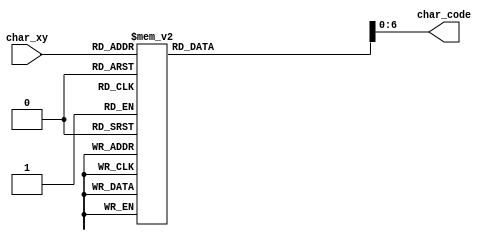
`timescale 1ns / 1ps
//////////////////////////////////////////////////////////////////////////////////
// Company: 
// Engineer: 
// 
// Design Name: 
// Module Name: char_rom_16x16
// Project Name: 
// Target Devices: 
// Tool Versions: 
// Description: 
// 
// Dependencies: 
// 
// Revision:
// Revision 0.01 - File Created
// Additional Comments:
// 
//////////////////////////////////////////////////////////////////////////////////


module char_rom_16x16(
    input wire [7:0]    char_xy,
    
    output wire [6:0]   char_code
    );
    
    reg [7:0] code_data;
    
    assign char_code = code_data[6:0];
    
    always @*
        begin
            case (char_xy)
                //GROUP 1                       //      hex
                    8'h00: code_data = 8'h00;   //      54
                    8'h01: code_data = 8'h00;   //      6f
                    8'h02: code_data = 8'h00;   //      00
                    8'h03: code_data = 8'h00;   //      6a
                    8'h04: code_data = 8'h00;   //      65
                    8'h05: code_data = 8'h00;   //      73 
                    8'h06: code_data = "S";   // S    74 
                    8'h07: code_data = "C";   // C    00
                    8'h08: code_data = "O";   // O    50
                    8'h09: code_data = "R";   // R    49   
                    8'h0a: code_data = "E";   // E    45
                    8'h0b: code_data = 8'h00;   //      52
                    8'h0c: code_data = 8'h00;   //      57
                    8'h0d: code_data = 8'h00;   //      53
                    8'h0e: code_data = 8'h00;   //      5a
                    8'h0f: code_data = 8'h00;   //      41
                      
                //GROUP 2                   //      hex
                    8'h10: code_data = 8'h00;   // l    6c
                    8'h11: code_data = 8'h00;   // i    69
                    8'h12: code_data = 8'h00;   // n    6e
                    8'h13: code_data = 8'h00;   // i    69
                    8'h14: code_data = 8'h00;   // a    61
                    8'h15: code_data = 8'h00;   // .    2e
                    8'h16: code_data = 8'h00;   //      00
                    8'h17: code_data = 8'h00;   // N    4e
                    8'h18: code_data = 8'h00;   // a    61
                    8'h19: code_data = 8'h00;   // s    73
                    8'h1a: code_data = 8'h00;   // t    74
                    8'h1b: code_data = 8'h00;   // e    65
                    8'h1c: code_data = 8'h00;   // p    70
                    8'h1d: code_data = 8'h00;   // n    6e    
                    8'h1e: code_data = 8'h00;   // e    65
                    8'h1f: code_data = 8'h00;   // :    3a
                    
                    //GROUP 3                   //      hex
                    8'h20: code_data = 8'h00;   // .    2e
                    8'h21: code_data = 8'h00;   // .    2e
                    8'h22: code_data = 8'h00;   // .    2e
                    8'h23: code_data = 8'h00;   //      00
                    8'h24: code_data = 8'h00;   // k    6b
                    8'h25: code_data = 8'h00;   // o    6f
                    8'h26: code_data = 8'h00;   // l    6c
                    8'h27: code_data = 8'h00;   // e    65
                    8'h28: code_data = 8'h00;   // j    6a
                    8'h29: code_data = 8'h00;   // n    6e
                    8'h2a: code_data = 8'h00;   // a    61
                    8'h2b: code_data = 8'h00;   // .    2e
                    8'h2c: code_data = 8'h00;   // .    2e
                    8'h2d: code_data = 8'h00;   // .    2e
                    8'h2e: code_data = 8'h00;   //      00
                    8'h2f: code_data = 8'h00;   //      00
                   
                    //GROUP 4                   //      hex
                    8'h30: code_data = 8'h00;   // .    2e
                    8'h31: code_data = 8'h00;   // .    2e
                    8'h32: code_data = 8'h00;   // .    2e
                    8'h33: code_data = 8'h00;   //      00
                    8'h34: code_data = 8'h00;   // k    6b
                    8'h35: code_data = 8'h00;   // o    6f
                    8'h36: code_data = 8'h00;   // l    6c
                    8'h37: code_data = 8'h00;   // e    65
                    8'h38: code_data = 8'h00;   // j    6a
                    8'h39: code_data = 8'h00;   // n    6e
                    8'h3a: code_data = 8'h00;   // a    61
                    8'h3b: code_data = 8'h00;   // .    2e
                    8'h3c: code_data = 8'h00;   // .    2e
                    8'h3d: code_data = 8'h00;   // .    2e
                    8'h3e: code_data = 8'h00;   //      00
                    8'h3f: code_data = 8'h00;   //      00
                         
                    //GROUP 5                   //      hex
                    8'h40: code_data = 8'h00;   // .    2e
                    8'h41: code_data = 8'h00;   // .    2e
                    8'h42: code_data = 8'h00;   // .    2e
                    8'h43: code_data = 8'h00;   //      00
                    8'h44: code_data = 8'h00;   // k    6b
                    8'h45: code_data = 8'h00;   // o    6f
                    8'h46: code_data = 8'h00;   // l    6c
                    8'h47: code_data = 8'h00;   // e    65
                    8'h48: code_data = 8'h00;   // j    6a
                    8'h49: code_data = 8'h00;   // n    6e
                    8'h4a: code_data = 8'h00;   // a    61
                    8'h4b: code_data = 8'h00;   // .    2e
                    8'h4c: code_data = 8'h00;   // .    2e
                    8'h4d: code_data = 8'h00;   // .    2e
                    8'h4e: code_data = 8'h00;   //      00
                    8'h4f: code_data = 8'h00;   //      00
                       
                    //GROUP 6                   //      hex
                    8'h50: code_data = 8'h00;   // .    2e
                    8'h51: code_data = 8'h00;   // .    2e
                    8'h52: code_data = 8'h00;   // .    2e
                    8'h53: code_data = 8'h00;   //      00
                    8'h54: code_data = 8'h00;   // k    6b
                    8'h55: code_data = 8'h00;   // o    6f
                    8'h56: code_data = 8'h00;   // l    6c
                    8'h57: code_data = 8'h00;   // e    65
                    8'h58: code_data = 8'h00;   // j    6a
                    8'h59: code_data = 8'h00;   // n    6e
                    8'h5a: code_data = 8'h00;   // a    61
                    8'h5b: code_data = 8'h00;   // .    2e
                    8'h5c: code_data = 8'h00;   // .    2e
                    8'h5d: code_data = 8'h00;   // .    2e
                    8'h5e: code_data = 8'h00;   //      00
                    8'h5f: code_data = 8'h00;   //      00
                         
                    //GROUP 7                   //      hex
                    8'h60: code_data = 8'h00;   // .    2e
                    8'h61: code_data = 8'h00;   // .    2e
                    8'h62: code_data = 8'h00;   // .    2e
                    8'h63: code_data = 8'h00;   //      00
                    8'h64: code_data = 8'h00;   // k    6b
                    8'h65: code_data = 8'h00;   // o    6f
                    8'h66: code_data = 8'h00;   // l    6c
                    8'h67: code_data = 8'h00;   // e    65
                    8'h68: code_data = 8'h00;   // j    6a
                    8'h69: code_data = 8'h00;   // n    6e
                    8'h6a: code_data = 8'h00;   // a    61
                    8'h6b: code_data = 8'h00;   // .    2e
                    8'h6c: code_data = 8'h00;   // .    2e
                    8'h6d: code_data = 8'h00;   // .    2e
                    8'h6e: code_data = 8'h00;   //      00
                    8'h6f: code_data = 8'h00;   //      00
                        
                    //GROUP 8                   //      hex
                    8'h70: code_data = 8'h00;   // .    2e
                    8'h71: code_data = 8'h00;   // .    2e
                    8'h72: code_data = 8'h00;   // .    2e
                    8'h73: code_data = 8'h00;   //      00
                    8'h74: code_data = 8'h00;   // k    6b
                    8'h75: code_data = 8'h00;   // o    6f
                    8'h76: code_data = 8'h00;   // l    6c
                    8'h77: code_data = 8'h00;   // e    65
                    8'h78: code_data = 8'h00;   // j    6a
                    8'h79: code_data = 8'h00;   // n    6e
                    8'h7a: code_data = 8'h00;   // a    61
                    8'h7b: code_data = 8'h00;   // .    2e
                    8'h7c: code_data = 8'h00;   // .    2e
                    8'h7d: code_data = 8'h00;   // .    2e
                    8'h7e: code_data = 8'h00;   //      00
                    8'h7f: code_data = 8'h00;   //      00
                         
                    //GROUP 9                   //      hex
                    8'h80: code_data = 8'h00;   // .    2e
                    8'h81: code_data = 8'h00;   // .    2e
                    8'h82: code_data = 8'h00;   // .    2e
                    8'h83: code_data = 8'h00;   //      00
                    8'h84: code_data = 8'h00;   // k    6b
                    8'h85: code_data = 8'h00;   // o    6f
                    8'h86: code_data = 8'h00;   // l    6c
                    8'h87: code_data = 8'h00;   // e    65
                    8'h88: code_data = 8'h00;   // j    6a
                    8'h89: code_data = 8'h00;   // n    6e
                    8'h8a: code_data = 8'h00;   // a    61
                    8'h8b: code_data = 8'h00;   // .    2e
                    8'h8c: code_data = 8'h00;   // .    2e
                    8'h8d: code_data = 8'h00;   // .    2e
                    8'h8e: code_data = 8'h00;   //      00
                    8'h8f: code_data = 8'h00;   //      00
                       
                    //GROUP 10                  //      hex
                    8'h90: code_data = 8'h00;   // .    2e
                    8'h91: code_data = 8'h00;   // .    2e
                    8'h92: code_data = 8'h00;   // .    2e
                    8'h93: code_data = 8'h00;   //      00
                    8'h94: code_data = 8'h00;   // k    6b
                    8'h95: code_data = 8'h00;   // o    6f
                    8'h96: code_data = 8'h00;   // l    6c
                    8'h97: code_data = 8'h00;   // e    65
                    8'h98: code_data = 8'h00;   // j    6a
                    8'h99: code_data = 8'h00;   // n    6e
                    8'h9a: code_data = 8'h00;   // a    61
                    8'h9b: code_data = 8'h00;   // .    2e
                    8'h9c: code_data = 8'h00;   // .    2e
                    8'h9d: code_data = 8'h00;   // .    2e
                    8'h9e: code_data = 8'h00;   //      00
                    8'h9f: code_data = 8'h00;   //      00
        
                    //GROUP 11                  //      hex
                    8'ha0: code_data = 8'h00;   // .    2e
                    8'ha1: code_data = 8'h00;   // .    2e
                    8'ha2: code_data = 8'h00;   // .    2e
                    8'ha3: code_data = 8'h00;   //      00
                    8'ha4: code_data = 8'h00;   // k    6b
                    8'ha5: code_data = 8'h00;   // o    6f
                    8'ha6: code_data = 8'h00;   // l    6c
                    8'ha7: code_data = 8'h00;   // e    65
                    8'ha8: code_data = 8'h00;   // j    6a
                    8'ha9: code_data = 8'h00;   // n    6e
                    8'haa: code_data = 8'h00;   // a    61
                    8'hab: code_data = 8'h00;   // .    2e
                    8'hac: code_data = 8'h00;   // .    2e
                    8'had: code_data = 8'h00;   // .    2e
                    8'hae: code_data = 8'h00;   //      00
                    8'haf: code_data = 8'h00;   //      00
                         
                    //GROUP 12                  //      hex
                    8'hb0: code_data = 8'h00;   // .    2e
                    8'hb1: code_data = 8'h00;   // .    2e
                    8'hb2: code_data = 8'h00;   // .    2e
                    8'hb3: code_data = 8'h00;   //      00
                    8'hb4: code_data = 8'h00;   // k    6b
                    8'hb5: code_data = 8'h00;   // o    6f
                    8'hb6: code_data = 8'h00;   // l    6c
                    8'hb7: code_data = 8'h00;   // e    65
                    8'hb8: code_data = 8'h00;   // j    6a
                    8'hb9: code_data = 8'h00;   // n    6e
                    8'hba: code_data = 8'h00;   // a    61
                    8'hbb: code_data = 8'h00;   // .    2e
                    8'hbc: code_data = 8'h00;   // .    2e
                    8'hbd: code_data = 8'h00;   // .    2e
                    8'hbe: code_data = 8'h00;   //      00
                    8'hbf: code_data = 8'h00;   //      00
                        
                    //GROUP 13                  //      hex
                    8'hc0: code_data = 8'h00;   // .    2e
                    8'hc1: code_data = 8'h00;   // .    2e
                    8'hc2: code_data = 8'h00;   // .    2e
                    8'hc3: code_data = 8'h00;   //      00
                    8'hc4: code_data = 8'h00;   // k    6b
                    8'hc5: code_data = 8'h00;   // o    6f
                    8'hc6: code_data = 8'h00;   // l    6c
                    8'hc7: code_data = 8'h00;   // e    65
                    8'hc8: code_data = 8'h00;   // j    6a
                    8'hc9: code_data = 8'h00;   // n    6e
                    8'hca: code_data = 8'h00;   // a    61
                    8'hcb: code_data = 8'h00;   // .    2e
                    8'hcc: code_data = 8'h00;   // .    2e
                    8'hcd: code_data = 8'h00;   // .    2e
                    8'hce: code_data = 8'h00;   //      00
                    8'hcf: code_data = 8'h00;   //      00
                        
                    //GROUP 14                  //      hex
                    8'hd0: code_data = 8'h00;   // .    2e
                    8'hd1: code_data = 8'h00;   // .    2e
                    8'hd2: code_data = 8'h00;   // .    2e
                    8'hd3: code_data = 8'h00;   //      00
                    8'hd4: code_data = 8'h00;   // k    6b
                    8'hd5: code_data = 8'h00;   // o    6f
                    8'hd6: code_data = 8'h00;   // l    6c
                    8'hd7: code_data = 8'h00;   // e    65
                    8'hd8: code_data = 8'h00;   // j    6a
                    8'hd9: code_data = 8'h00;   // n    6e
                    8'hda: code_data = 8'h00;   // a    61
                    8'hdb: code_data = 8'h00;   // .    2e
                    8'hdc: code_data = 8'h00;   // .    2e
                    8'hdd: code_data = 8'h00;   // .    2e
                    8'hde: code_data = 8'h00;   //      00
                    8'hdf: code_data = 8'h00;   //      00
                        
                    //GROUP 15                  //      hex
                    8'he0: code_data = 8'h00;   // .    2e
                    8'he1: code_data = 8'h00;   // .    2e
                    8'he2: code_data = 8'h00;   // .    2e
                    8'he3: code_data = 8'h00;   //      00
                    8'he4: code_data = 8'h00;   // k    6b
                    8'he5: code_data = 8'h00;   // o    6f
                    8'he6: code_data = 8'h00;   // l    6c
                    8'he7: code_data = 8'h00;   // e    65
                    8'he8: code_data = 8'h00;   // j    6a
                    8'he9: code_data = 8'h00;   // n    6e
                    8'hea: code_data = 8'h00;   // a    61
                    8'heb: code_data = 8'h00;   // .    2e
                    8'hec: code_data = 8'h00;   // .    2e
                    8'hed: code_data = 8'h00;   // .    2e
                    8'hee: code_data = 8'h00;   //      00
                    8'hef: code_data = 8'h00;   //      00
                                       
                    //GROUP 16                  //      hex
                    8'hf0: code_data = 8'h00;   // .    2e
                    8'hf1: code_data = 8'h00;   // .    2e
                    8'hf2: code_data = 8'h00;   // .    2e
                    8'hf3: code_data = 8'h00;   //      00
                    8'hf4: code_data = 8'h00;   // k    6b
                    8'hf5: code_data = 8'h00;   // o    6f
                    8'hf6: code_data = 8'h00;   // l    6c
                    8'hf7: code_data = 8'h00;   // e    65
                    8'hf8: code_data = 8'h00;   // j    6a
                    8'hf9: code_data = 8'h00;   // n    6e
                    8'hfa: code_data = 8'h00;   // a    61
                    8'hfb: code_data = 8'h00;   // .    2e
                    8'hfc: code_data = 8'h00;   // .    2e
                    8'hfd: code_data = 8'h00;   // .    2e
                    8'hfe: code_data = 8'h00;   //      00
                    8'hff: code_data = 8'h00;   //      00                

            endcase
        end
endmodule